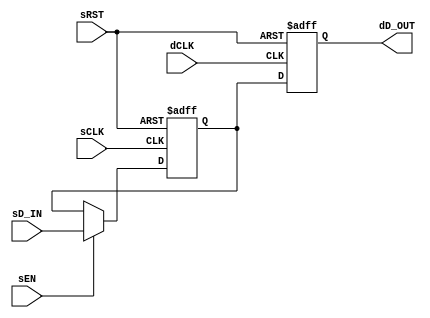

// Copyright (c) 2000-2012 Bluespec, Inc.

// Permission is hereby granted, free of charge, to any person obtaining a copy
// of this software and associated documentation files (the "Software"), to deal
// in the Software without restriction, including without limitation the rights
// to use, copy, modify, merge, publish, distribute, sublicense, and/or sell
// copies of the Software, and to permit persons to whom the Software is
// furnished to do so, subject to the following conditions:

// The above copyright notice and this permission notice shall be included in
// all copies or substantial portions of the Software.

// THE SOFTWARE IS PROVIDED "AS IS", WITHOUT WARRANTY OF ANY KIND, EXPRESS OR
// IMPLIED, INCLUDING BUT NOT LIMITED TO THE WARRANTIES OF MERCHANTABILITY,
// FITNESS FOR A PARTICULAR PURPOSE AND NONINFRINGEMENT. IN NO EVENT SHALL THE
// AUTHORS OR COPYRIGHT HOLDERS BE LIABLE FOR ANY CLAIM, DAMAGES OR OTHER
// LIABILITY, WHETHER IN AN ACTION OF CONTRACT, TORT OR OTHERWISE, ARISING FROM,
// OUT OF OR IN CONNECTION WITH THE SOFTWARE OR THE USE OR OTHER DEALINGS IN
// THE SOFTWARE.
//
// $Revision: 29441 $
// $Date: 2012-08-27 21:58:03 +0000 (Mon, 27 Aug 2012) $

`ifdef BSV_ASSIGNMENT_DELAY
`else
  `define BSV_ASSIGNMENT_DELAY
`endif

`ifdef BSV_POSITIVE_RESET
  `define BSV_RESET_VALUE 1'b1
  `define BSV_RESET_EDGE posedge
`else
  `define BSV_RESET_VALUE 1'b0
  `define BSV_RESET_EDGE negedge
`endif



// A one bit data synchronization module, where data is synchronized
// by passing through ONLY ONE register of the destination clock, and
// that clocked on the negedge.
module SyncBit05 (
                  sCLK,
                  sRST,
                  dCLK,
                  sEN,
                  sD_IN,
                  dD_OUT
                  );

   parameter init = 1'b0;       // initial value for all registers

   // Signals on source clock (sCLK)
   input     sCLK;
   input     sRST;
   input     sEN;
   input     sD_IN;

   // Signals on destination clock (dCLK)
   input     dCLK;
   output    dD_OUT;

   reg       sSyncReg;
   reg       dSyncReg1;

   assign    dD_OUT = dSyncReg1 ;

   always @(posedge sCLK or `BSV_RESET_EDGE sRST)
      begin
         if (sRST == `BSV_RESET_VALUE)
            begin
               sSyncReg <= `BSV_ASSIGNMENT_DELAY init ;
               end
         else
           begin
              if ( sEN )
                begin
                   sSyncReg <= `BSV_ASSIGNMENT_DELAY sD_IN ;
                end // if ( sEN )
           end // else: !if(sRST == `BSV_RESET_VALUE)
      end // always @ (posedge sCLK or `BSV_RESET_EDGE sRST)

   always @(negedge dCLK or `BSV_RESET_EDGE sRST)
      begin
         if (sRST == `BSV_RESET_VALUE)
            begin
               dSyncReg1 <= `BSV_ASSIGNMENT_DELAY init ;
            end
         else
            begin
               dSyncReg1 <= `BSV_ASSIGNMENT_DELAY sSyncReg ; // clock domain crossing
            end
      end // always @ (negedge dCLK)

`ifdef BSV_NO_INITIAL_BLOCKS
`else // not BSV_NO_INITIAL_BLOCKS
   // synopsys translate_off
   initial
      begin
         sSyncReg  = init ;
         dSyncReg1 = init ;
      end // initial begin
   // synopsys translate_on
`endif // BSV_NO_INITIAL_BLOCKS

endmodule // BitSync